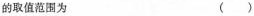
的取值范围为 ()